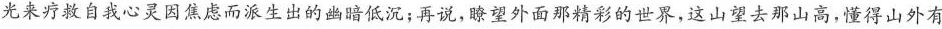
光来疗救自我心灵因焦虑而派生出的幽暗低沉；再说，瞭望外面那精彩的世界，这山望去那山高，懂得山外有